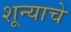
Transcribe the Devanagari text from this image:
शून्याचे